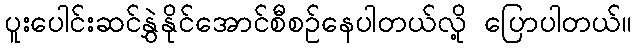
ပူးပေါင်းဆင်နွှဲနိုင်အောင်စီစဉ်နေပါတယ်လို့ ပြောပါတယ်။